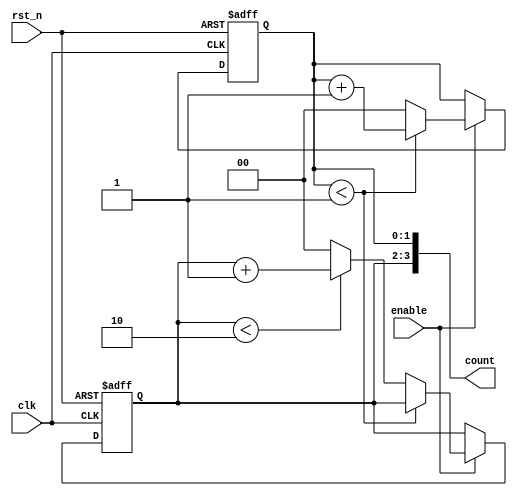
module mixed_radix_counter (
    input wire clk,          // Clock input
    input wire rst_n,       // Asynchronous reset (active low)
    input wire enable,      // Enable signal
    output reg [3:0] count  // Output count (4 bits for maximum 3 digits)
);

// Define the maximum count values for each digit based on their radix
localparam RADIX_1 = 2;  // Base 2 (0 to 1)
localparam RADIX_2 = 3;  // Base 3 (0 to 2)
localparam RADIX_3 = 4;  // Base 4 (0 to 3)

// Internal registers for each digit
reg [1:0] digit1; // 2 bits for base 2
reg [1:0] digit2; // 2 bits for base 3
reg [1:0] digit3; // 2 bits for base 4

// Output concatenation
always @(*) begin
    count = {digit3, digit2, digit1}; // Concatenate digits for output
end

// Counting logic
always @(posedge clk or negedge rst_n) begin
    if (!rst_n) begin
        // Asynchronous reset
        digit1 <= 2'b00; // Reset digit 1
        digit2 <= 2'b00; // Reset digit 2
        digit3 <= 2'b00; // Reset digit 3
    end else if (enable) begin
        // Counting logic
        if (digit1 < RADIX_1 - 1) begin
            digit1 <= digit1 + 1; // Increment digit 1
        end else begin
            digit1 <= 2'b00; // Reset digit 1
            if (digit2 < RADIX_2 - 1) begin
                digit2 <= digit2 + 1; // Increment digit 2
            end else begin
                digit2 <= 2'b00; // Reset digit 2
                if (digit3 < RADIX_3 - 1) begin
                    digit3 <= digit3 + 1; // Increment digit 3
                end else begin
                    digit3 <= 2'b00; // Reset digit 3
                end
            end
        end
    end
end

endmodule